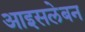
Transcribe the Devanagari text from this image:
आइसलेबन